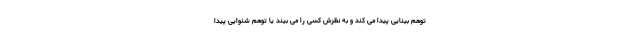
توهم بینایی پیدا می کند و به نظرش کسی را می بیند یا توهم شنوایی پیدا